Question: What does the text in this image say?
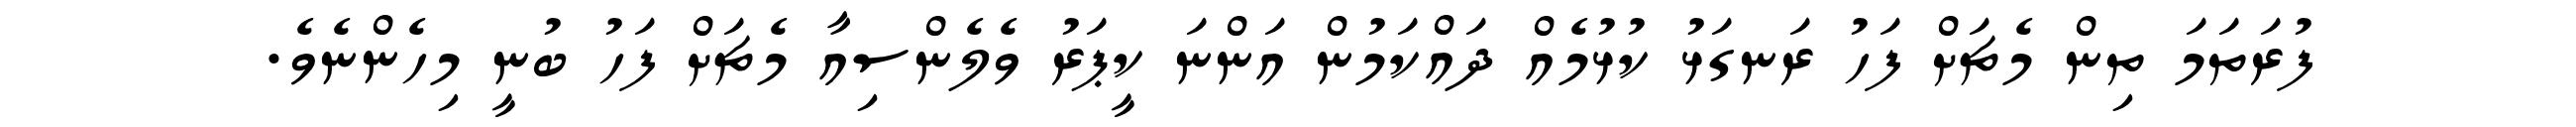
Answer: ފުރަތަމަ ތިން މެޗަށް ފަހު ރަނގަޅު ކުޅުމެއް ދައްކަމުން އަންނަ ކީޕަރު ވެލެންސިއާ މެޗަށް ފަހު ބުނީ މިހެންނެވެ.